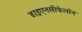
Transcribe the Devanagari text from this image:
डाइएनसीफेलॉन